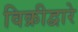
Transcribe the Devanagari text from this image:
विक्रीद्वारे